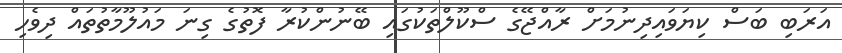
އަރަބި ބަސް ކިޔަވައިދިނުމަށް ރާއްޖޭގެ ސްކޫލްތަކުގައި ބޭނުންކުރާ ފޮތުގެ ގިނަ މައުލޫމާތުތައް ދިވެހި